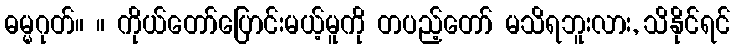
ဓမ္မဂုတ်။ ။ ကိုယ်တော်ပြောင်းမယ့်မူကို တပည့်တော် မသိရဘူးလား, သိနိုင်ရင်